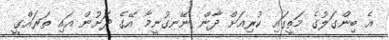
އެ ބިންގަލުގެ މަތީގައި ކުރިއަށް ދާން ނޭނގުނީމާ އޭގެ ދަށުން އައި ތަރައްގީ